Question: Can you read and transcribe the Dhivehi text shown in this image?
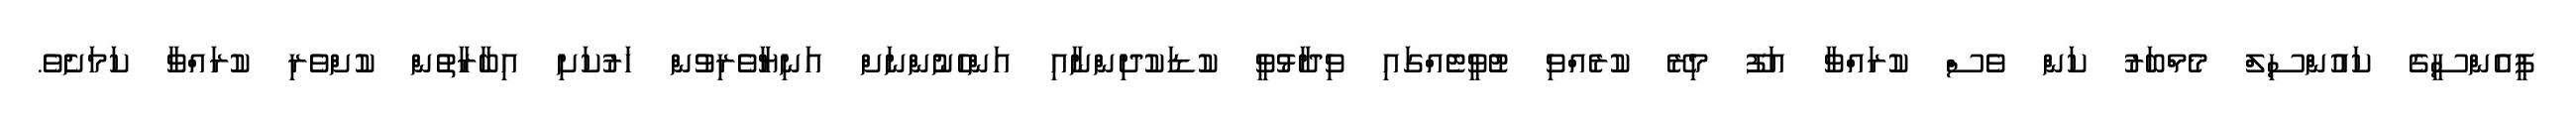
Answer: ޕީއެންސީގެ ކައުންސިލް މެމްބަރު ކަން ވެސް ކުރައްވާ އަފޫ މިރޭ ކުރެއްވި ޓުވީޓެއްގައި ވިދާޅުވީ ކުޑަކުދިންނާއި އަންހެނުންނަށް އަނިޔާވެރިވުން ހަރުކަށި އިބާރާތުން ކުށްވެރި ކުރައްވާ ކަމަށެވެ.